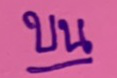
บน